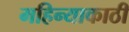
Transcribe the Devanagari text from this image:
महिन्याकाठी